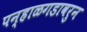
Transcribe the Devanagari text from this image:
पन्हाळगडावरुन